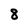
Character: 8